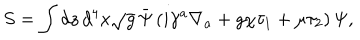
LaTeX: S = \int d z \, d ^ { 4 } x \sqrt { g } \, \bar { \Psi } \left( i \gamma ^ { a } \nabla _ { a } + g \chi \tau _ { 1 } + \mu \tau _ { 2 } \right) \Psi ,